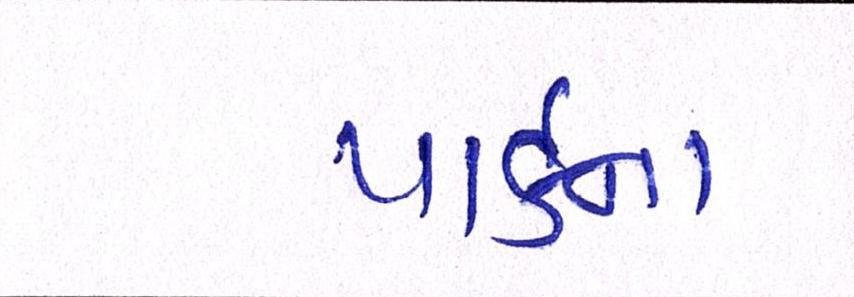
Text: પાર્કના